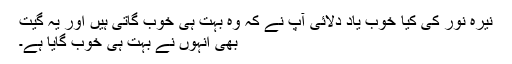
نیّرہ نور کی کیا خوب یاد دلائی آپ نے کہ وہ بہت ہی خوب گاتی ہیں اور یہ گیت
بھی انہوں نے بہت ہی خوب گایا ہے۔